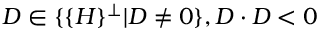
D \in \{ \{ H \} ^ { \perp } | D \neq 0 \} , D \cdot D < 0